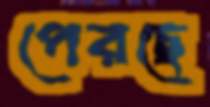
পেরছে